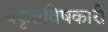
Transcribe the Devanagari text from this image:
यकृतविषकारी